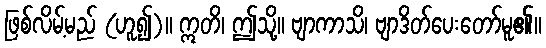
ဖြစ်လိမ့်မည် (ဟူ၍)။ ဣတိ၊ ဤသို့။ ဗျာကာသိ၊ ဗျာဒိတ်ပေးတော်မူ၏။